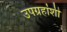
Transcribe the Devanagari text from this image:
उपग्रहांशी